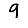
Digit: 9